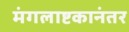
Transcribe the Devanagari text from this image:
मंगलाष्टकानंतर